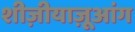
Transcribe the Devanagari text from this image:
शीज़ीयाज़ूआंग